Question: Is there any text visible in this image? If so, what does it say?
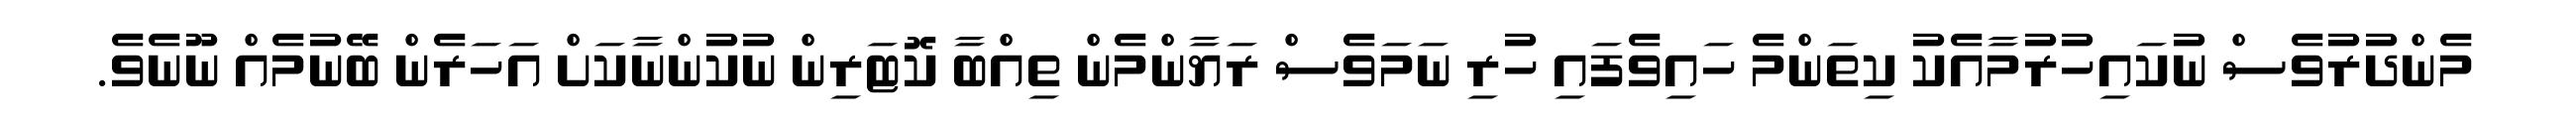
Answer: މެންދުރުވެސް ނުކައިހުރުމާއެކު ކިތަންމެ ހައިވެފައި ހުރި ނަމަވެސް ރަޔާންމެން ތިއްބާ ކޮޓަރިން ނުކުންނާކަށް އަހަރެން ބޭނުމެއް ނޫނެވެ.